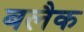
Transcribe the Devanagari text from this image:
बलैक